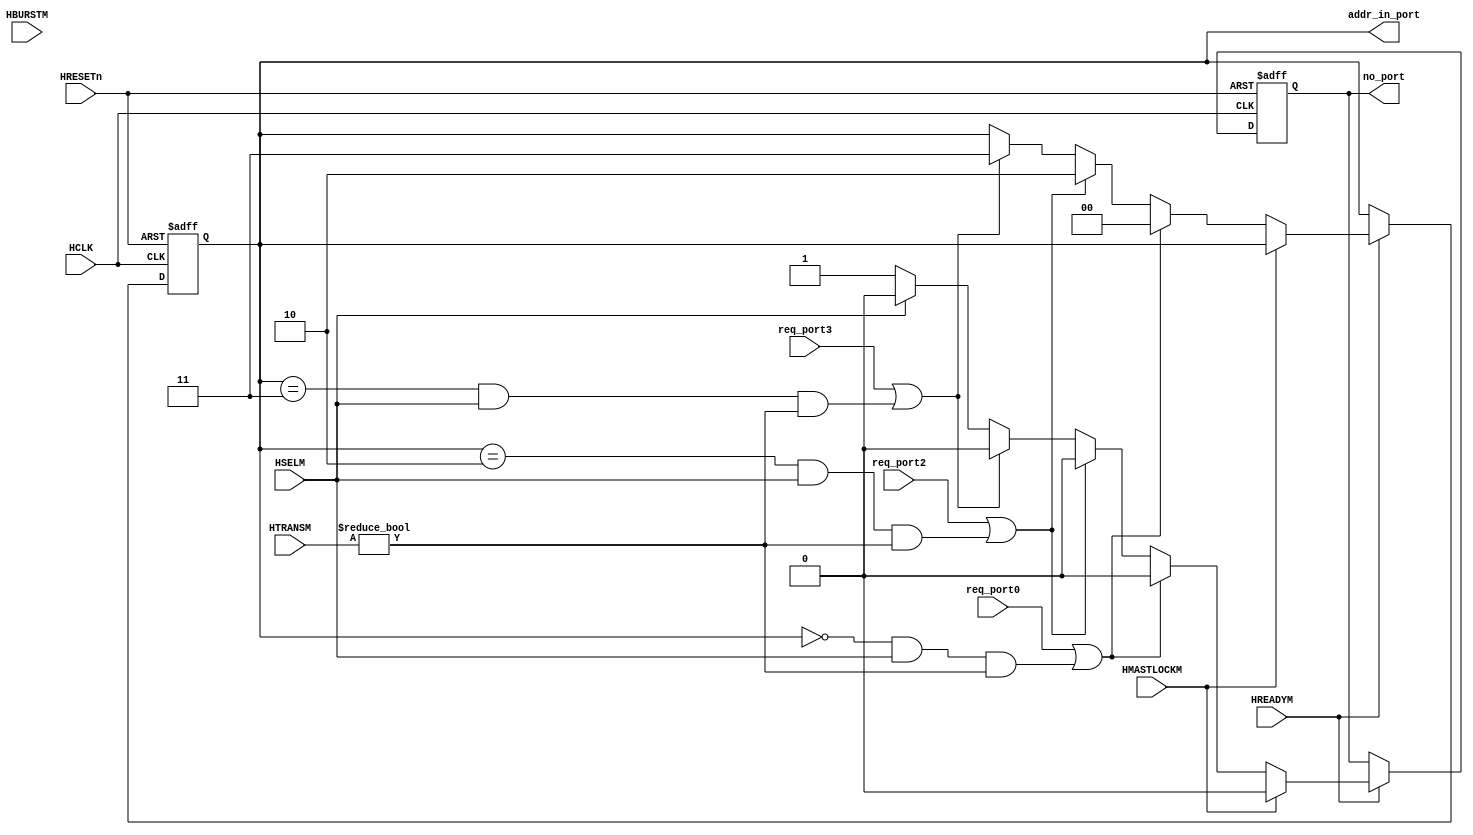
// This program was cloned from: https://github.com/verimake-team/SparkRoad-V
// License: MIT License

//-----------------------------------------------------------------------------
// The confidential and proprietary information contained in this file may
// only be used by a person authorised under and to the extent permitted
// by a subsisting licensing agreement from ARM Limited.
//
//            (C) COPYRIGHT 2001-2013 ARM Limited.
//                ALL RIGHTS RESERVED
//
// This entire notice must be reproduced on all copies of this file
// and copies of this file may only be made by a person if such person is
// permitted to do so under the terms of a subsisting license agreement
// from ARM Limited.
//
//      SVN Information
//
//      Checked In          : $Date: 2013-01-09 11:26:04 +0000 (Wed, 09 Jan 2013) $
//
//      Revision            : $Revision: 233041 $
//
//      Release Information : Cortex-M System Design Kit-r1p0-01rel0
//
//-----------------------------------------------------------------------------
//
//------------------------------------------------------------------------------
//  Abstract            : The Output Arbitration is used to determine which
//                        of the input stages will be given access to the
//                        shared slave.
//
//  Notes               : The bus matrix has sparse connectivity.
//
//-----------------------------------------------------------------------------

`timescale 1ns/1ps

module cmsdk_mcu_mtx4x2_arb_M0 (

    // Common AHB signals
    HCLK ,
    HRESETn,

    // Input port request signals
    req_port0,
    req_port2,
    req_port3,

    HREADYM,
    HSELM,
    HTRANSM,
    HBURSTM,
    HMASTLOCKM,

    // Arbiter outputs
    addr_in_port,
    no_port

    );


// -----------------------------------------------------------------------------
// Input and Output declarations
// -----------------------------------------------------------------------------

    // Common AHB signals
    input        HCLK;         // AHB system clock
    input        HRESETn;      // AHB system reset

    input        req_port0;     // Port 0 request signal
    input        req_port2;     // Port 2 request signal
    input        req_port3;     // Port 3 request signal

    input        HREADYM;      // Transfer done
    input        HSELM;        // Slave select line
    input  [1:0] HTRANSM;      // Transfer type
    input  [2:0] HBURSTM;      // Burst type
    input        HMASTLOCKM;   // Locked transfer

    output [1:0] addr_in_port;   // Port address input
    output       no_port;       // No port selected signal


// -----------------------------------------------------------------------------
// Wire declarations
// -----------------------------------------------------------------------------
    wire       HCLK;           // AHB system clock
    wire       HRESETn;        // AHB system reset
    wire       req_port0;       // Port 0 request signal
    wire       req_port2;       // Port 2 request signal
    wire       req_port3;       // Port 3 request signal
    wire       HREADYM;        // Transfer done
    wire       HSELM;          // Slave select line
    wire [1:0] HTRANSM;        // Transfer type
    wire       HMASTLOCKM;     // Locked transfer
    wire [1:0] addr_in_port;     // Port address input
    reg        no_port;         // No port selected signal


// -----------------------------------------------------------------------------
// Signal declarations
// -----------------------------------------------------------------------------
    reg  [1:0] addr_in_port_next; // D-input of addr_in_port
    reg  [1:0] iaddr_in_port;    // Internal version of addr_in_port
    reg        no_port_next;     // D-input of no_port


// -----------------------------------------------------------------------------
// Beginning of main code
// -----------------------------------------------------------------------------
//------------------------------------------------------------------------------
// Port Selection
//------------------------------------------------------------------------------
// The Output Arbitration function looks at all the requests to use the
//  output port and determines which is the highest priority request. This
//  version of the arbitration logic uses a fixed priority scheme where input
//  port 0 is the highest priority, input port 1 is the second highest
//  priority, etc.
// If none of the input ports are requesting then the current port will
//  remain active if it is performing IDLE transfers to the selected slave. If
//  this is not the case then the no_port signal will be asserted which
//  indicates that no input port should be selected.

  always @ (
             req_port0 or
             req_port2 or
             req_port3 or
             HSELM or HTRANSM or HMASTLOCKM or iaddr_in_port
           )

  begin : p_sel_port_comb
    // Default values are used for addr_in_port_next and no_port_next
    no_port_next     = 1'b0;
    addr_in_port_next = iaddr_in_port;

    if (HMASTLOCKM)
      addr_in_port_next = iaddr_in_port;
    else if ( req_port0 | ( (iaddr_in_port == 2'b00) & HSELM &
                            (HTRANSM != 2'b00) ) )
      addr_in_port_next = 2'b00;
    else if ( req_port2 | ( (iaddr_in_port == 2'b10) & HSELM &
                            (HTRANSM != 2'b00) ) )
      addr_in_port_next = 2'b10;
    else if ( req_port3 | ( (iaddr_in_port == 2'b11) & HSELM &
                            (HTRANSM != 2'b00) ) )
      addr_in_port_next = 2'b11;
    else if (HSELM)
      addr_in_port_next = iaddr_in_port;
    else
      no_port_next = 1'b1;
  end // block: p_sel_port_comb


  // Sequential process
  always @ (negedge HRESETn or posedge HCLK)
  begin : p_addr_in_port_reg
    if (~HRESETn)
      begin
        no_port      <= 1'b1;
        iaddr_in_port <= {2{1'b0}};
      end
    else
      if (HREADYM)
        begin
          no_port      <= no_port_next;
          iaddr_in_port <= addr_in_port_next;
        end
  end // block: p_addr_in_port_reg

  // Drive output with internal version
  assign addr_in_port = iaddr_in_port;


endmodule

// --================================= End ===================================--